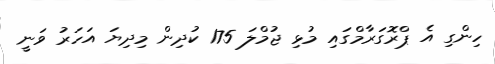
ހިންގި އެ ޕްރޮގަރާމްގައި މުޅި ޖުމްލަ 175 ކުދިން މިދިޔަ އަހަރު ވަނީ